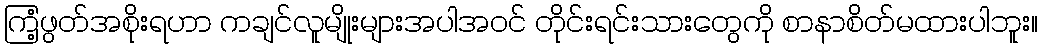
ကြံ့ဖွတ်အစိုးရဟာ ကချင်လူမျိုးများအပါအဝင် တိုင်းရင်းသားတွေကို စာနာစိတ်မထားပါဘူး။